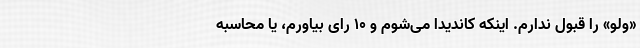
«ولو» را قبول ندارم. اینکه کاندیدا می‌شوم و ۱۰ رای بیاورم، یا محاسبه